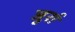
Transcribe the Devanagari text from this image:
जुर्रा